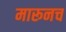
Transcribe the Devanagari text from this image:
मारूनच